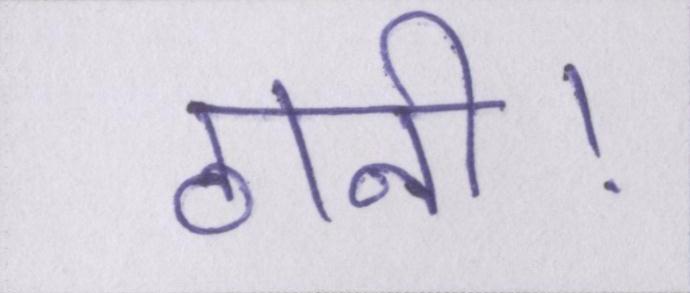
ठानी।